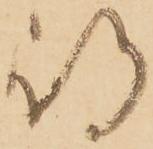
待